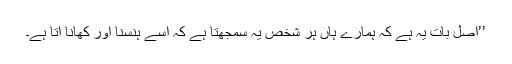
’’اصل بات یہ ہے کہ ہمارے ہاں ہر شخص یہ سمجھتا ہے کہ اسے ہنسنا اور کھانا آتا ہے۔